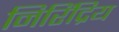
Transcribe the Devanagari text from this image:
निरिंद्रिय